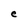
Character: e